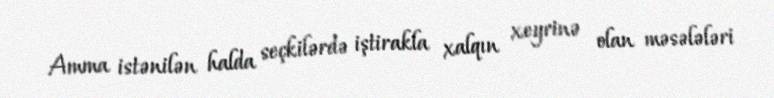
Amma istənilən halda seçkilərdə iştirakla xalqın xeyrinə olan məsələləri